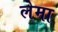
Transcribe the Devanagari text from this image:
लेमा